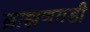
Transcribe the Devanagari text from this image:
ब्राह्मणगडी